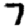
Digit: 7